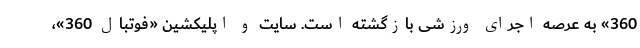
360» به عرصه اجرای ورزشی بازگشته است. سایت و اپلیکشین «فوتبال 360»،